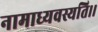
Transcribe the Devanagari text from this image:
नामाध्यवस्यति।।